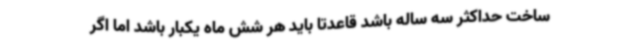
ساخت حداکثر سه ساله باشد قاعدتا باید هر شش ماه یکبار باشد اما اگر